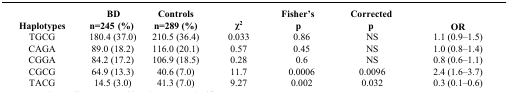
| Haplotypes | BD n=245 (%) | Controls n=289 (%) | χ2 | Fisher’s p | Corrected p | OR |
 | --- | --- | --- | --- | --- | --- | --- |
 | TGCG | 180.4 (37.0) | 210.5 (36.4) | 0.033 | 0.86 | NS | 1.1 (0.9–1.5) |
 | CAGA | 89.0 (18.2) | 116.0 (20.1) | 0.57 | 0.45 | NS | 1.0 (0.8–1.4) |
 | CGGA | 84.2 (17.2) | 106.9 (18.5) | 0.28 | 0.6 | NS | 0.8 (0.6–1.1) |
 | CGCG | 64.9 (13.3) | 40.6 (7.0) | 11.7 | 0.0006 | 0.0096 | 2.4 (1.6–3.7) |
 | TACG | 14.5 (3.0) | 41.3 (7.0) | 9.27 | 0.002 | 0.032 | 0.3 (0.1–0.6) |